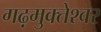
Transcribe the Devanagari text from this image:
गढ़मुक्‍तेश्‍वर